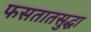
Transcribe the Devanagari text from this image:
फसतातसुद्धा